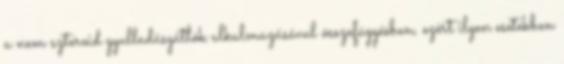
a nem szteroid gyulladásgátlók alkalmazásával összefüggésben, ezért ilyen esetekben